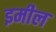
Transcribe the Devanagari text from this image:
इमील